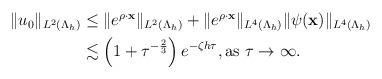
LaTeX: \begin{align*} \begin{aligned} \|u_{0}\|_{ L^{2}(\Lambda_h)} &\leq\|e^{\rho \cdot \mathbf x}\|_{ L^{2}(\Lambda_{h})}+\|e^{\rho \cdot \mathbf x}\|_{ L^{4}(\Lambda_{h})}\|\psi(\mathbf x)\|_{ L^{4}(\Lambda_{h})}\\ &\lesssim \left(1+\tau^{-\frac{2}{3}}\right)e^{-\zeta h\tau},\mbox{as $\tau \rightarrow \infty$. } \end{aligned} \end{align*}